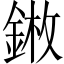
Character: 𨨦